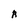
Character: R